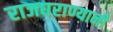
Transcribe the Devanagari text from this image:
राजघराण्यानी